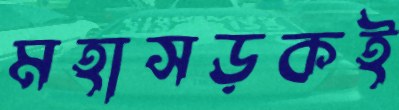
মহাসড়কই